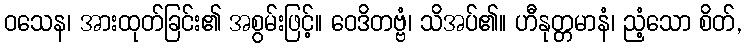
ဝသေန၊ အားထုတ်ခြင်း၏ အစွမ်းဖြင့်။ ဝေဒိတဗ္ဗံ၊ သိအပ်၏။ ဟီနုတ္တမာနံ၊ ညံ့သော စိတ်,